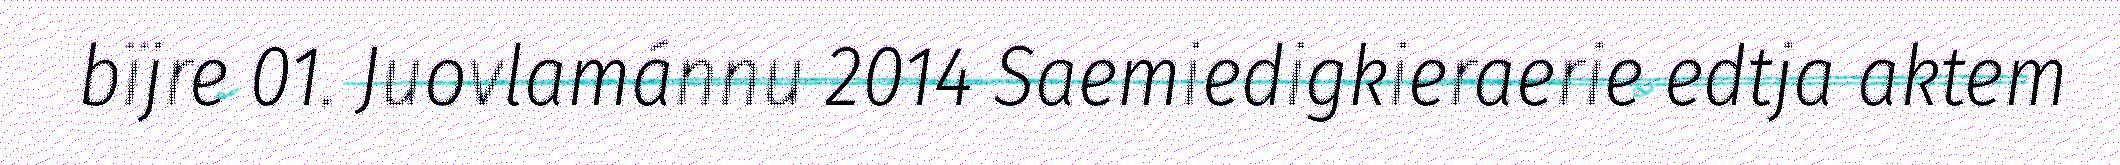
bïjre 01. Juovlamánnu 2014 Saemiedigkieraerie edtja aktem